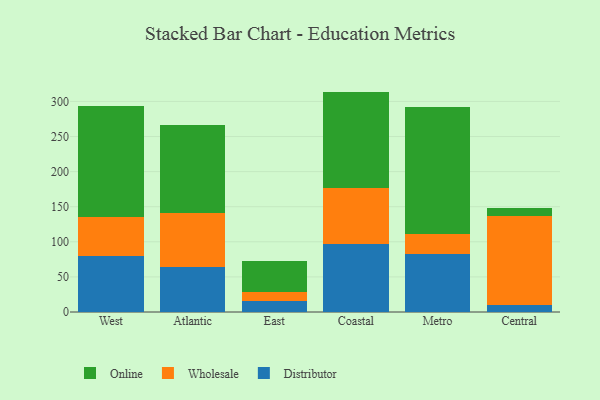
{"axis": {"x": "Region", "y": "Churn Rate (%)"}, "legend": ["Distributor", "Online", "Wholesale"], "data": [{"x": "West", "y": 80.2, "type": "Distributor"}, {"x": "West", "y": 55.4, "type": "Wholesale"}, {"x": "West", "y": 158.5, "type": "Online"}, {"x": "Atlantic", "y": 64.6, "type": "Distributor"}, {"x": "Atlantic", "y": 76.4, "type": "Wholesale"}, {"x": "Atlantic", "y": 125.3, "type": "Online"}, {"x": "East", "y": 15.7, "type": "Distributor"}, {"x": "East", "y": 12.3, "type": "Wholesale"}, {"x": "East", "y": 44.9, "type": "Online"}, {"x": "Coastal", "y": 97.4, "type": "Distributor"}, {"x": "Coastal", "y": 78.7, "type": "Wholesale"}, {"x": "Coastal", "y": 137.9, "type": "Online"}, {"x": "Metro", "y": 83.1, "type": "Distributor"}, {"x": "Metro", "y": 28.5, "type": "Wholesale"}, {"x": "Metro", "y": 179.8, "type": "Online"}, {"x": "Central", "y": 9.6, "type": "Distributor"}, {"x": "Central", "y": 126.8, "type": "Wholesale"}, {"x": "Central", "y": 11.5, "type": "Online"}]}